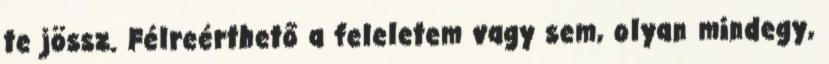
te jössz. Félreérthető a feleletem vagy sem, olyan mindegy,